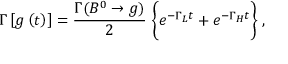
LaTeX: \Gamma \left[ g \left( t \right) \right] = \frac { \Gamma ( B ^ { 0 } \rightarrow g ) } { 2 } \; \bigg \{ e ^ { - \Gamma _ { L } t } + e ^ { - \Gamma _ { H } t } \bigg \} \; ,